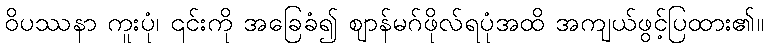
ဝိပဿနာ ကူးပုံ၊ ၎င်းကို အခြေခံ၍ ဈာန်မဂ်ဖိုလ်ရပုံအထိ အကျယ်ဖွင့်ပြထား၏။